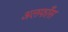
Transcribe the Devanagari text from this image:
अलफाँस